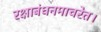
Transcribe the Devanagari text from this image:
रक्षाबंधनमाचरेत।